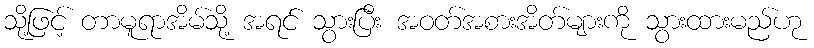
သို့ဖြင့် တာမူရာအိမ်သို့ အရင် သွားပြီး အဝတ်အစားအိတ်များကို သွားထားမည်ဟု